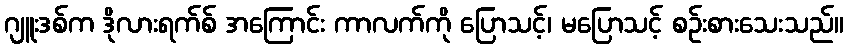
ဂျူးဒစ်က ဒိုလားရက်စ် အကြောင်း ကာလက်ကို ပြောသင့်၊ မပြောသင့် စဉ်းစားသေးသည်။